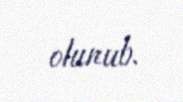
olunub.